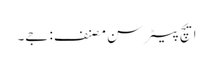
ایچ پیٹر سن مصنف: جے۔